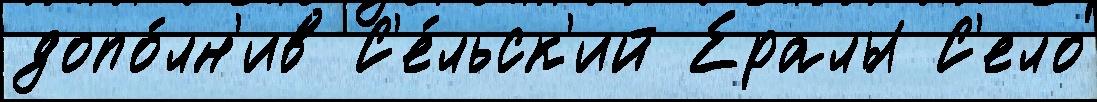
допо́лн'ив С'е́льск'ий Ералы С'ело